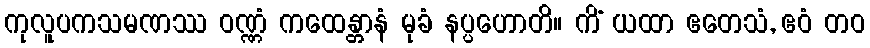
ကုလူပကသမဏဿ ဝဏ္ဏံ ကထေန္တာနံ မုခံ နပ္ပဟောတိ။ ကိံ ယထာ ဧတေသံ, ဧဝံ တဝ